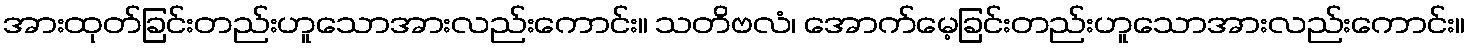
အားထုတ်ခြင်းတည်းဟူသောအားလည်းကောင်း။ သတိဗလံ၊ အောက်မေ့ခြင်းတည်းဟူသောအားလည်းကောင်း။